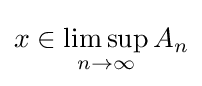
x\in \limsup _{n\to \infty }A_{n}